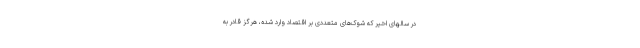
در سالهای اخیر که شوک‌های متعددی بر اقتصاد وارد شده، هرگز قادر به